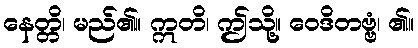
နေတ္တိ၊ မည်၏။ ဣတိ၊ ဤသို့။ ဝေဒိတဗ္ဗံ၊ ၏။